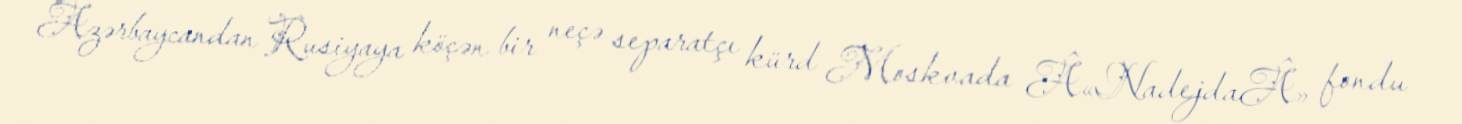
Azərbaycandan Rusiyaya köçən bir neçə separatçı kürd Moskvada Â«NadejdaÂ» fondu